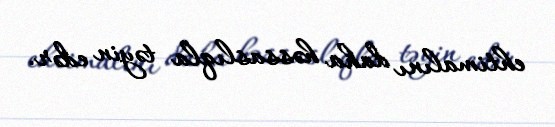
ehtimalını daha həssaslıqla təyin edər.